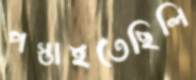
পস্তাইতেছিলি